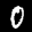
Label: 0